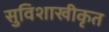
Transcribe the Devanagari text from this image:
सुविशाखीकृत